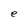
Character: e